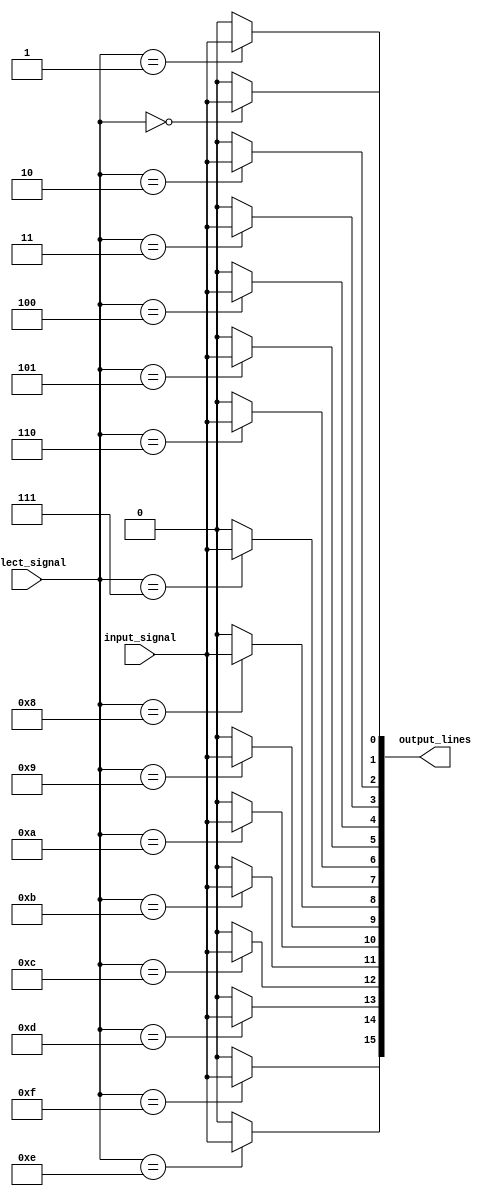
module demux_1to16 (
    input wire input_signal,
    input wire [3:0] select_signal,
    output reg [15:0] output_lines
);
  
always @* begin
    output_lines[0] = (select_signal == 4'b0000) ? input_signal : 1'b0;
    output_lines[1] = (select_signal == 4'b0001) ? input_signal : 1'b0;
    output_lines[2] = (select_signal == 4'b0010) ? input_signal : 1'b0;
    output_lines[3] = (select_signal == 4'b0011) ? input_signal : 1'b0;
    output_lines[4] = (select_signal == 4'b0100) ? input_signal : 1'b0;
    output_lines[5] = (select_signal == 4'b0101) ? input_signal : 1'b0;
    output_lines[6] = (select_signal == 4'b0110) ? input_signal : 1'b0;
    output_lines[7] = (select_signal == 4'b0111) ? input_signal : 1'b0;
    output_lines[8] = (select_signal == 4'b1000) ? input_signal : 1'b0;
    output_lines[9] = (select_signal == 4'b1001) ? input_signal : 1'b0;
    output_lines[10] = (select_signal == 4'b1010) ? input_signal : 1'b0;
    output_lines[11] = (select_signal == 4'b1011) ? input_signal : 1'b0;
    output_lines[12] = (select_signal == 4'b1100) ? input_signal : 1'b0;
    output_lines[13] = (select_signal == 4'b1101) ? input_signal : 1'b0;
    output_lines[14] = (select_signal == 4'b1110) ? input_signal : 1'b0;
    output_lines[15] = (select_signal == 4'b1111) ? input_signal : 1'b0;
end
  
endmodule